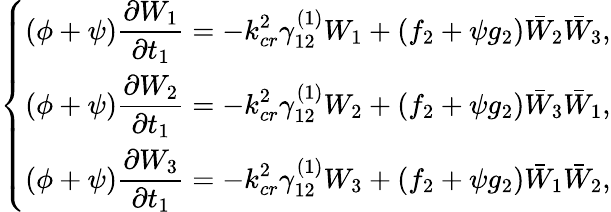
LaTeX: \left\{ \begin{array}{ll}{(\phi+\psi)\displaystyle\frac{\partial W_{1}}{\partial t_{1}}=-k_{cr}^{2}\gamma_{12}^{(1)}W_{1}+(f_{2}+\psi g_{2})\bar{W}_{2}\bar{W}_{3},}\\ {(\phi+\psi)\displaystyle\frac{\partial W_{2}}{\partial t_{1}}=-k_{cr}^{2}\gamma_{12}^{(1)}W_{2}+(f_{2}+\psi g_{2})\bar{W}_{3}\bar{W}_{1},}\\ {(\phi+\psi)\displaystyle\frac{\partial W_{3}}{\partial t_{1}}=-k_{cr}^{2}\gamma_{12}^{(1)}W_{3}+(f_{2}+\psi g_{2})\bar{W}_{1}\bar{W}_{2},}\end{array}\right.